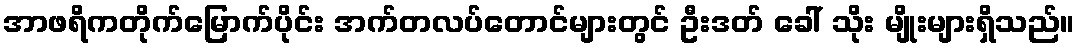
အာဖရိကတိုက်မြောက်ပိုင်း အက်တလပ်တောင်များတွင် ဦးဒတ် ခေါ် သိုး မျိုးများရှိသည်။